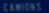
CAMOUFLAGE